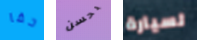
حقا بحسن لسيارة